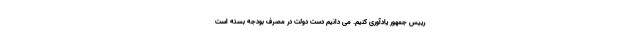
رییس جمهور یادآوری کنیم. می دانیم دست دولت در مصرف بودجه بسته است